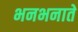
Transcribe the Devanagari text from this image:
भनभनाते